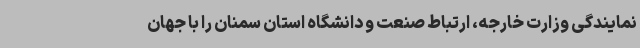
نمایندگی وزارت خارجه، ارتباط صنعت و دانشگاه استان سمنان را با جهان